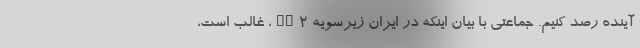
آینده رصد کنیم. جماعتی با بیان اینکه در ایران زیرسویه BA2، غالب است،